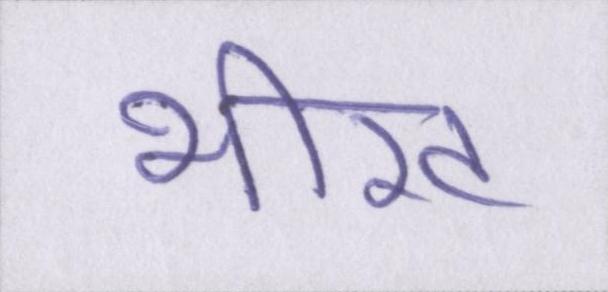
भीख